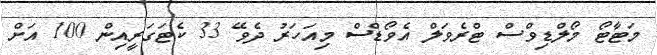
މަޓާޓޯ މޯލްޑިވްސް ޓްރެވަލް އެވޯޑްސް މިއަހަރު ދެވޭ 33 ކެޓަގަރީއިން 100 އަށް